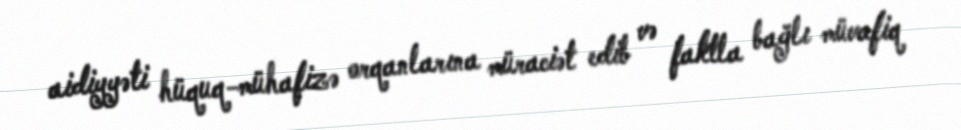
aidiyyəti hüquq-mühafizə orqanlarına müraciət edib və faktla bağlı müvafiq